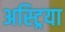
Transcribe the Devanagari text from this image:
अस्ट्रिया